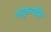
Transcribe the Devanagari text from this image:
अकुम्बेंस